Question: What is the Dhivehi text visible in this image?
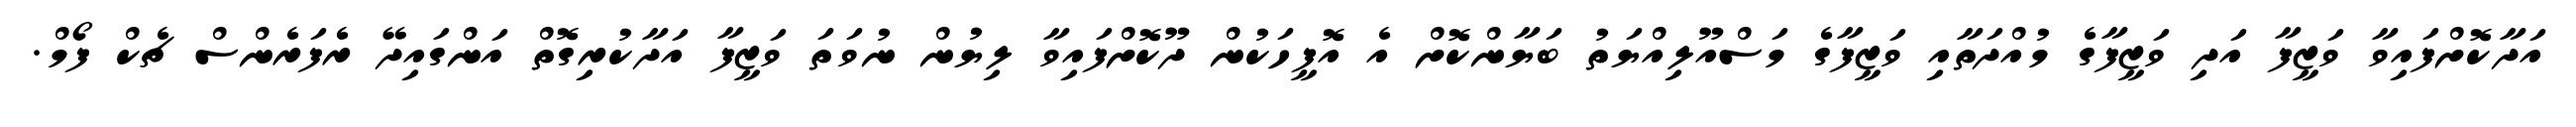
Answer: އަދާކޮށްފައިވާ ވަޒީފާ އަދި ވަޒީފާގެ މުއްދަތާއި ވަޒީފާގެ މަސްއޫލިއްޔަތު ބަޔާންކޮށް އެ އޮފީހަކުން ދޫކޮށްފައިވާ ލިޔުން ނުވަތަ ވަޒީފާ އަދާކުރިގޮތް އަންގައިދޭ ރެފަރެންސް ޗެކް ފޯމް.